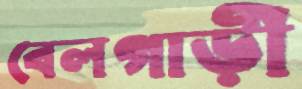
বেলগাড়ী